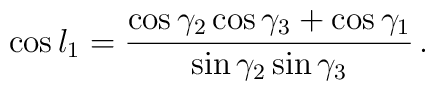
\cos l_1={\cos \gamma_2 \cos\gamma_3+\cos\gamma_1 \over \sin\gamma_2 \sin\gamma_3 }\, .